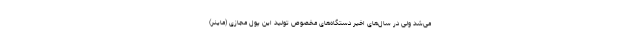
می‌شد ولی در سال‌های اخیر دستگاه‌های مخصوص تولید این پول مجازی (ماینر)